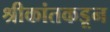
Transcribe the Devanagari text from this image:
श्रीकांतकडून